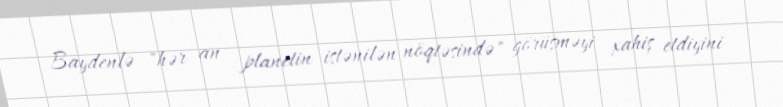
Baydenlə "hər an planetin istənilən nöqtəsində" görüşməyi xahiş etdiyini